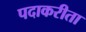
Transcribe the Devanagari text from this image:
पदाकरीता